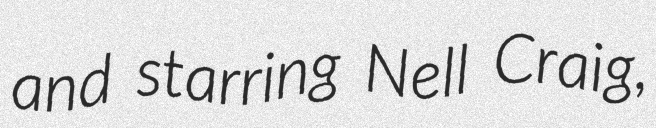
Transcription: and starring Nell Craig,